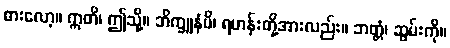
စားလော့။ ဣတိ၊ ဤသို့။ ဘိက္ခူနံပိ၊ ရဟန်းတို့အားလည်း။ ဘတ္တံ၊ ဆွမ်းကို။